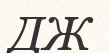
ДЖ